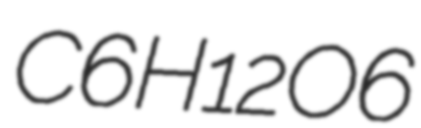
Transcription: C6H12O6